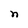
Character: n